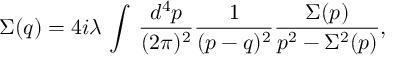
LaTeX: \Sigma ( q ) = 4 i \lambda \, \int \, \frac { d ^ { 4 } p } { ( 2 \pi ) ^ { 2 } } \frac { 1 } { ( p - q ) ^ { 2 } } \frac { \Sigma ( p ) } { p ^ { 2 } - \Sigma ^ { 2 } ( p ) } ,